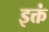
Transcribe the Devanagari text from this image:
इक्तं